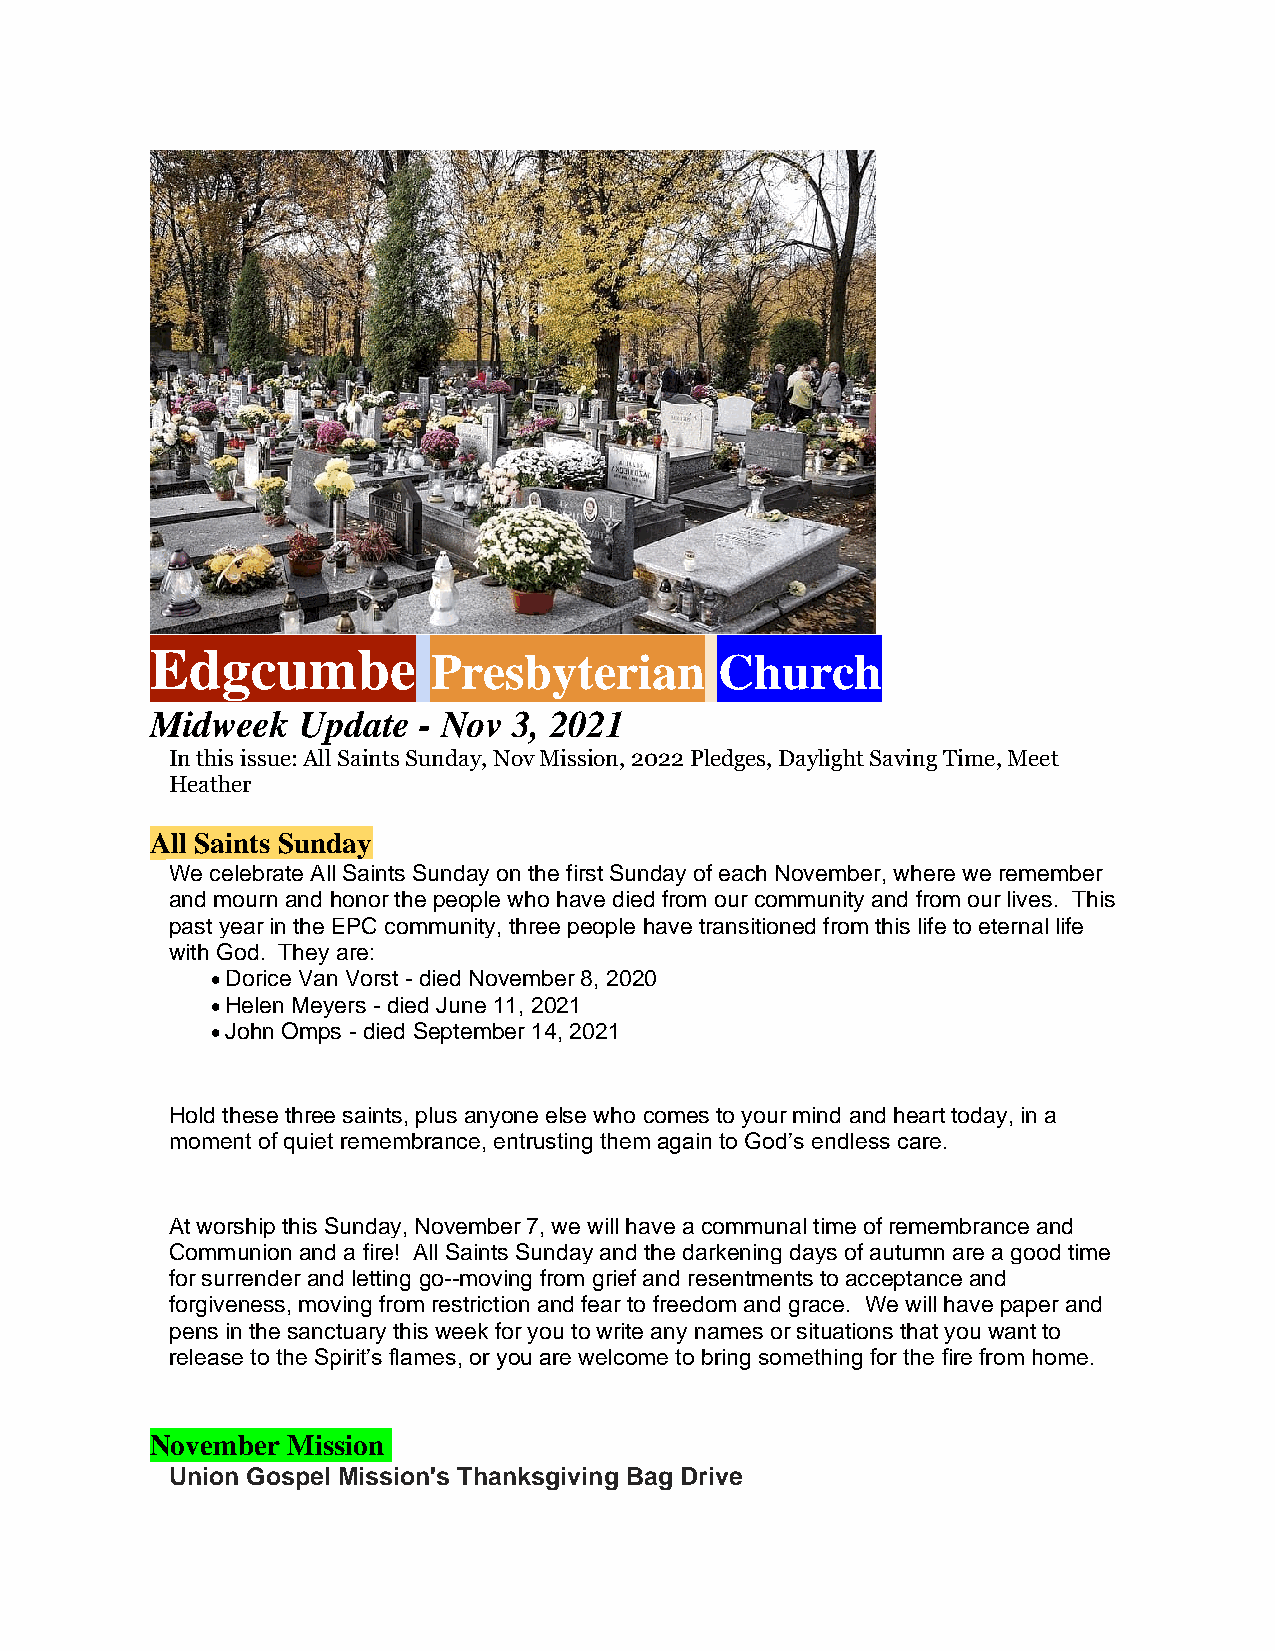
Edgcumbe
 Presbyterian       Church
 Midweek   Update  - Nov 3, 2021
 In this issue: All Saints Sunday, Nov Mission, 2022 Pledges, Daylight Saving Time, Meet
 Heather
 All Saints Sunday
 We celebrate All Saints Sunday on the first Sunday of each November, where we remember
 and mourn and honor the people who have died from our community and from our lives. This
 past year in the EPC community, three people have transitioned from this life to eternal life
 with God. They are:
 • Dorice Van Vorst - died November 8, 2020
 • Helen Meyers - died June 11, 2021
 • John Omps - died September 14, 2021
 Hold these three saints, plus anyone else who comes to your mind and heart today, in a
 moment of quiet remembrance, entrusting them again to God’s endless care.
 At worship this Sunday, November 7, we will have a communal time of remembrance and
 Communion and a fire! All Saints Sunday and the darkening days of autumn are a good time
 for surrender and letting go--moving from grief and resentments to acceptance and
 forgiveness, moving from restriction and fear to freedom and grace. We will have paper and
 pens in the sanctuary this week for you to write any names or situations that you want to
 release to the Spirit’s flames, or you are welcome to bring something for the fire from home.
 November Mission
 Union Gospel Mission's Thanksgiving Bag Drive